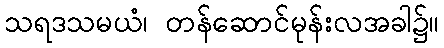
သရဒသမယံ၊ တန်ဆောင်မုန်းလအခါ၌။